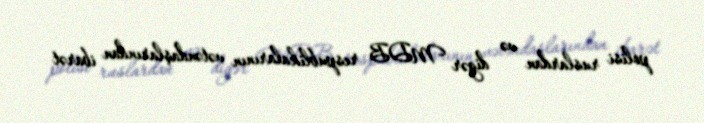
polisi ruslardan və digər MDB respublikalarının vətəndaşlarından ibarət